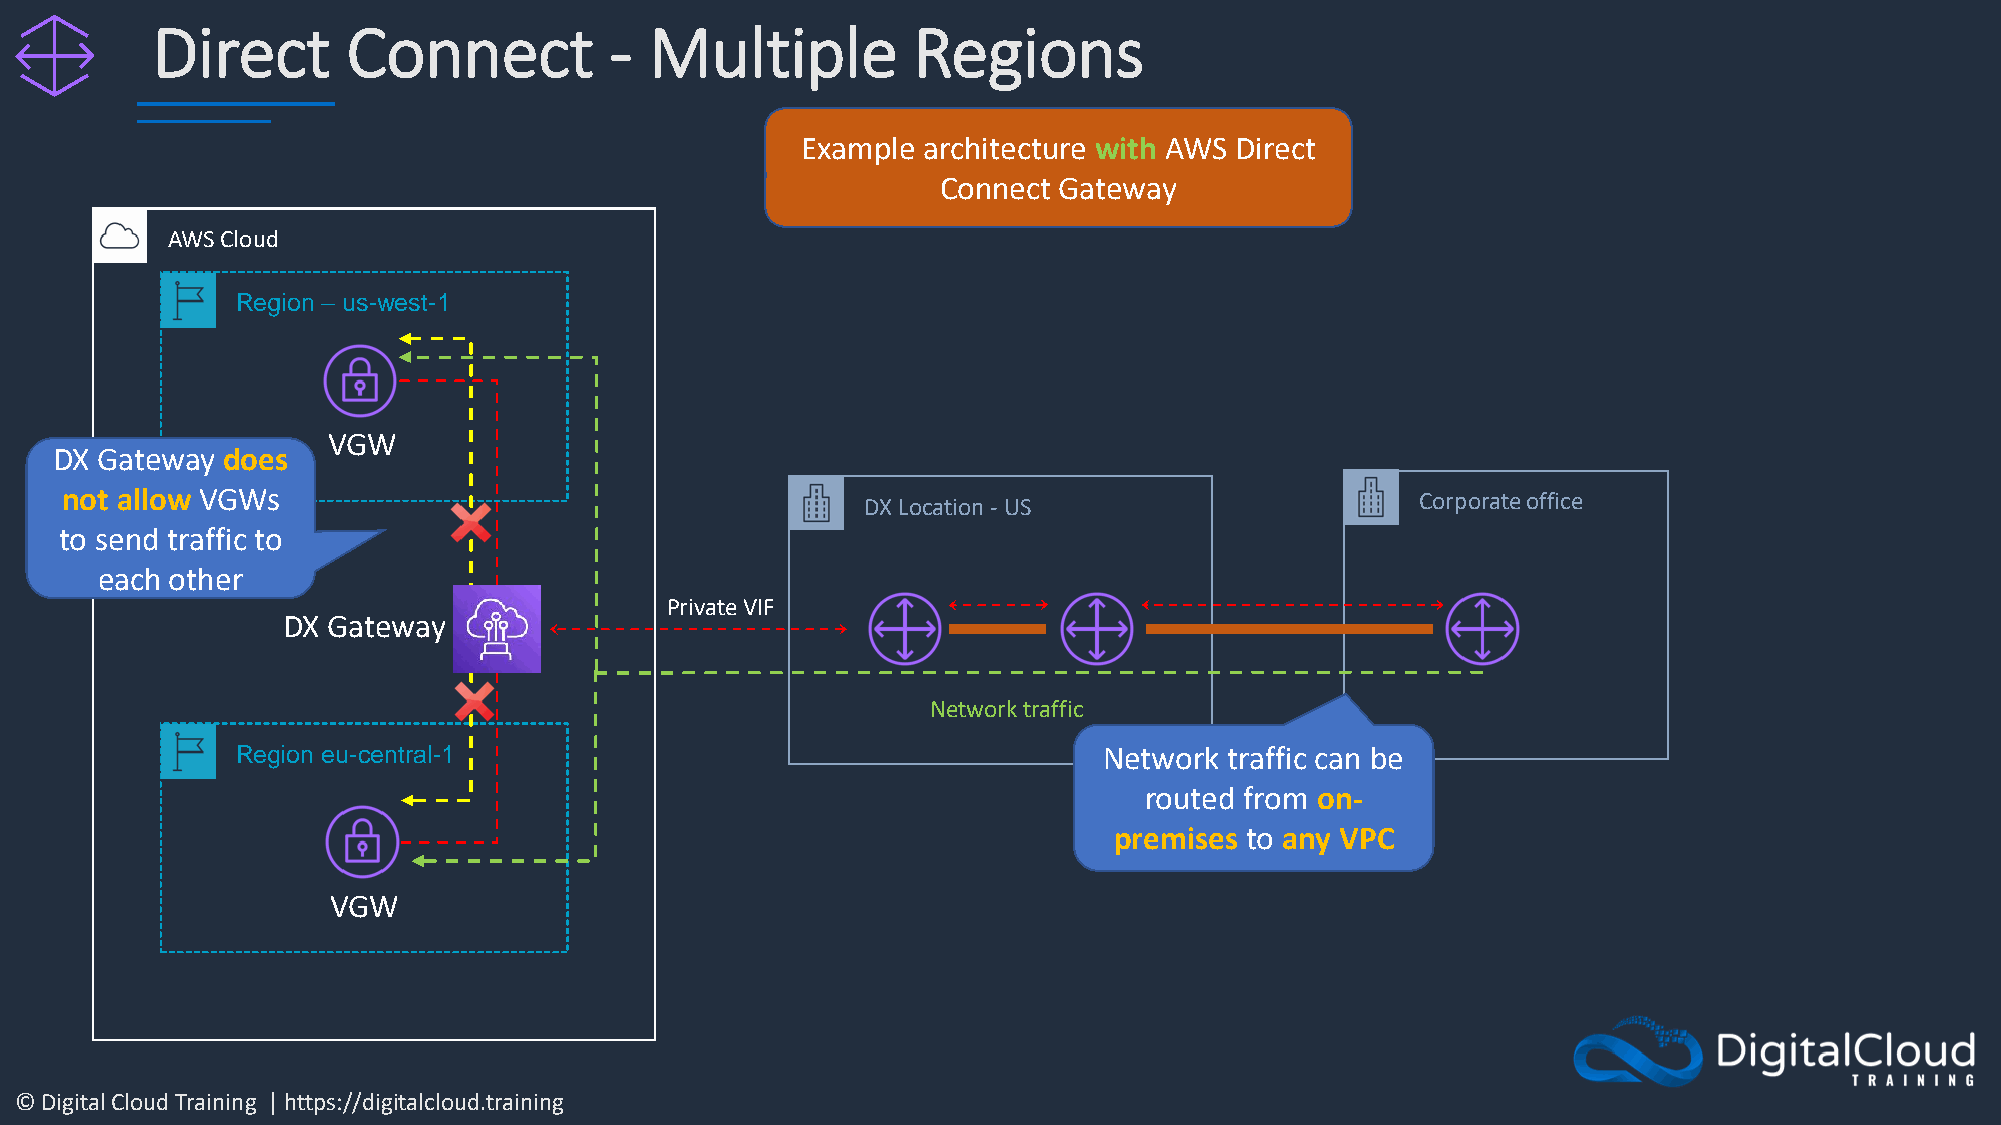
Direct       Connect          -  Multiple         Regions
 Example architecture with AWS Direct
 Connect Gateway
 AWS Cloud
 Region – us-west-1
 VGW
 DX Gateway  does
 not allow VGWs                                       DX Location -US                      Corporate office
 to send traffic to
 each other
 Private VIF
 DX Gateway
 Network traffic
 Region eu-central-1                                      Network traffic can be
 routed from on-
 premises to any VPC
 VGW
 © Digital Cloud Training | https://digitalcloud.training